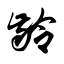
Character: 龄